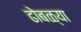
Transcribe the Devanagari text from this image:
ढोबळ्या